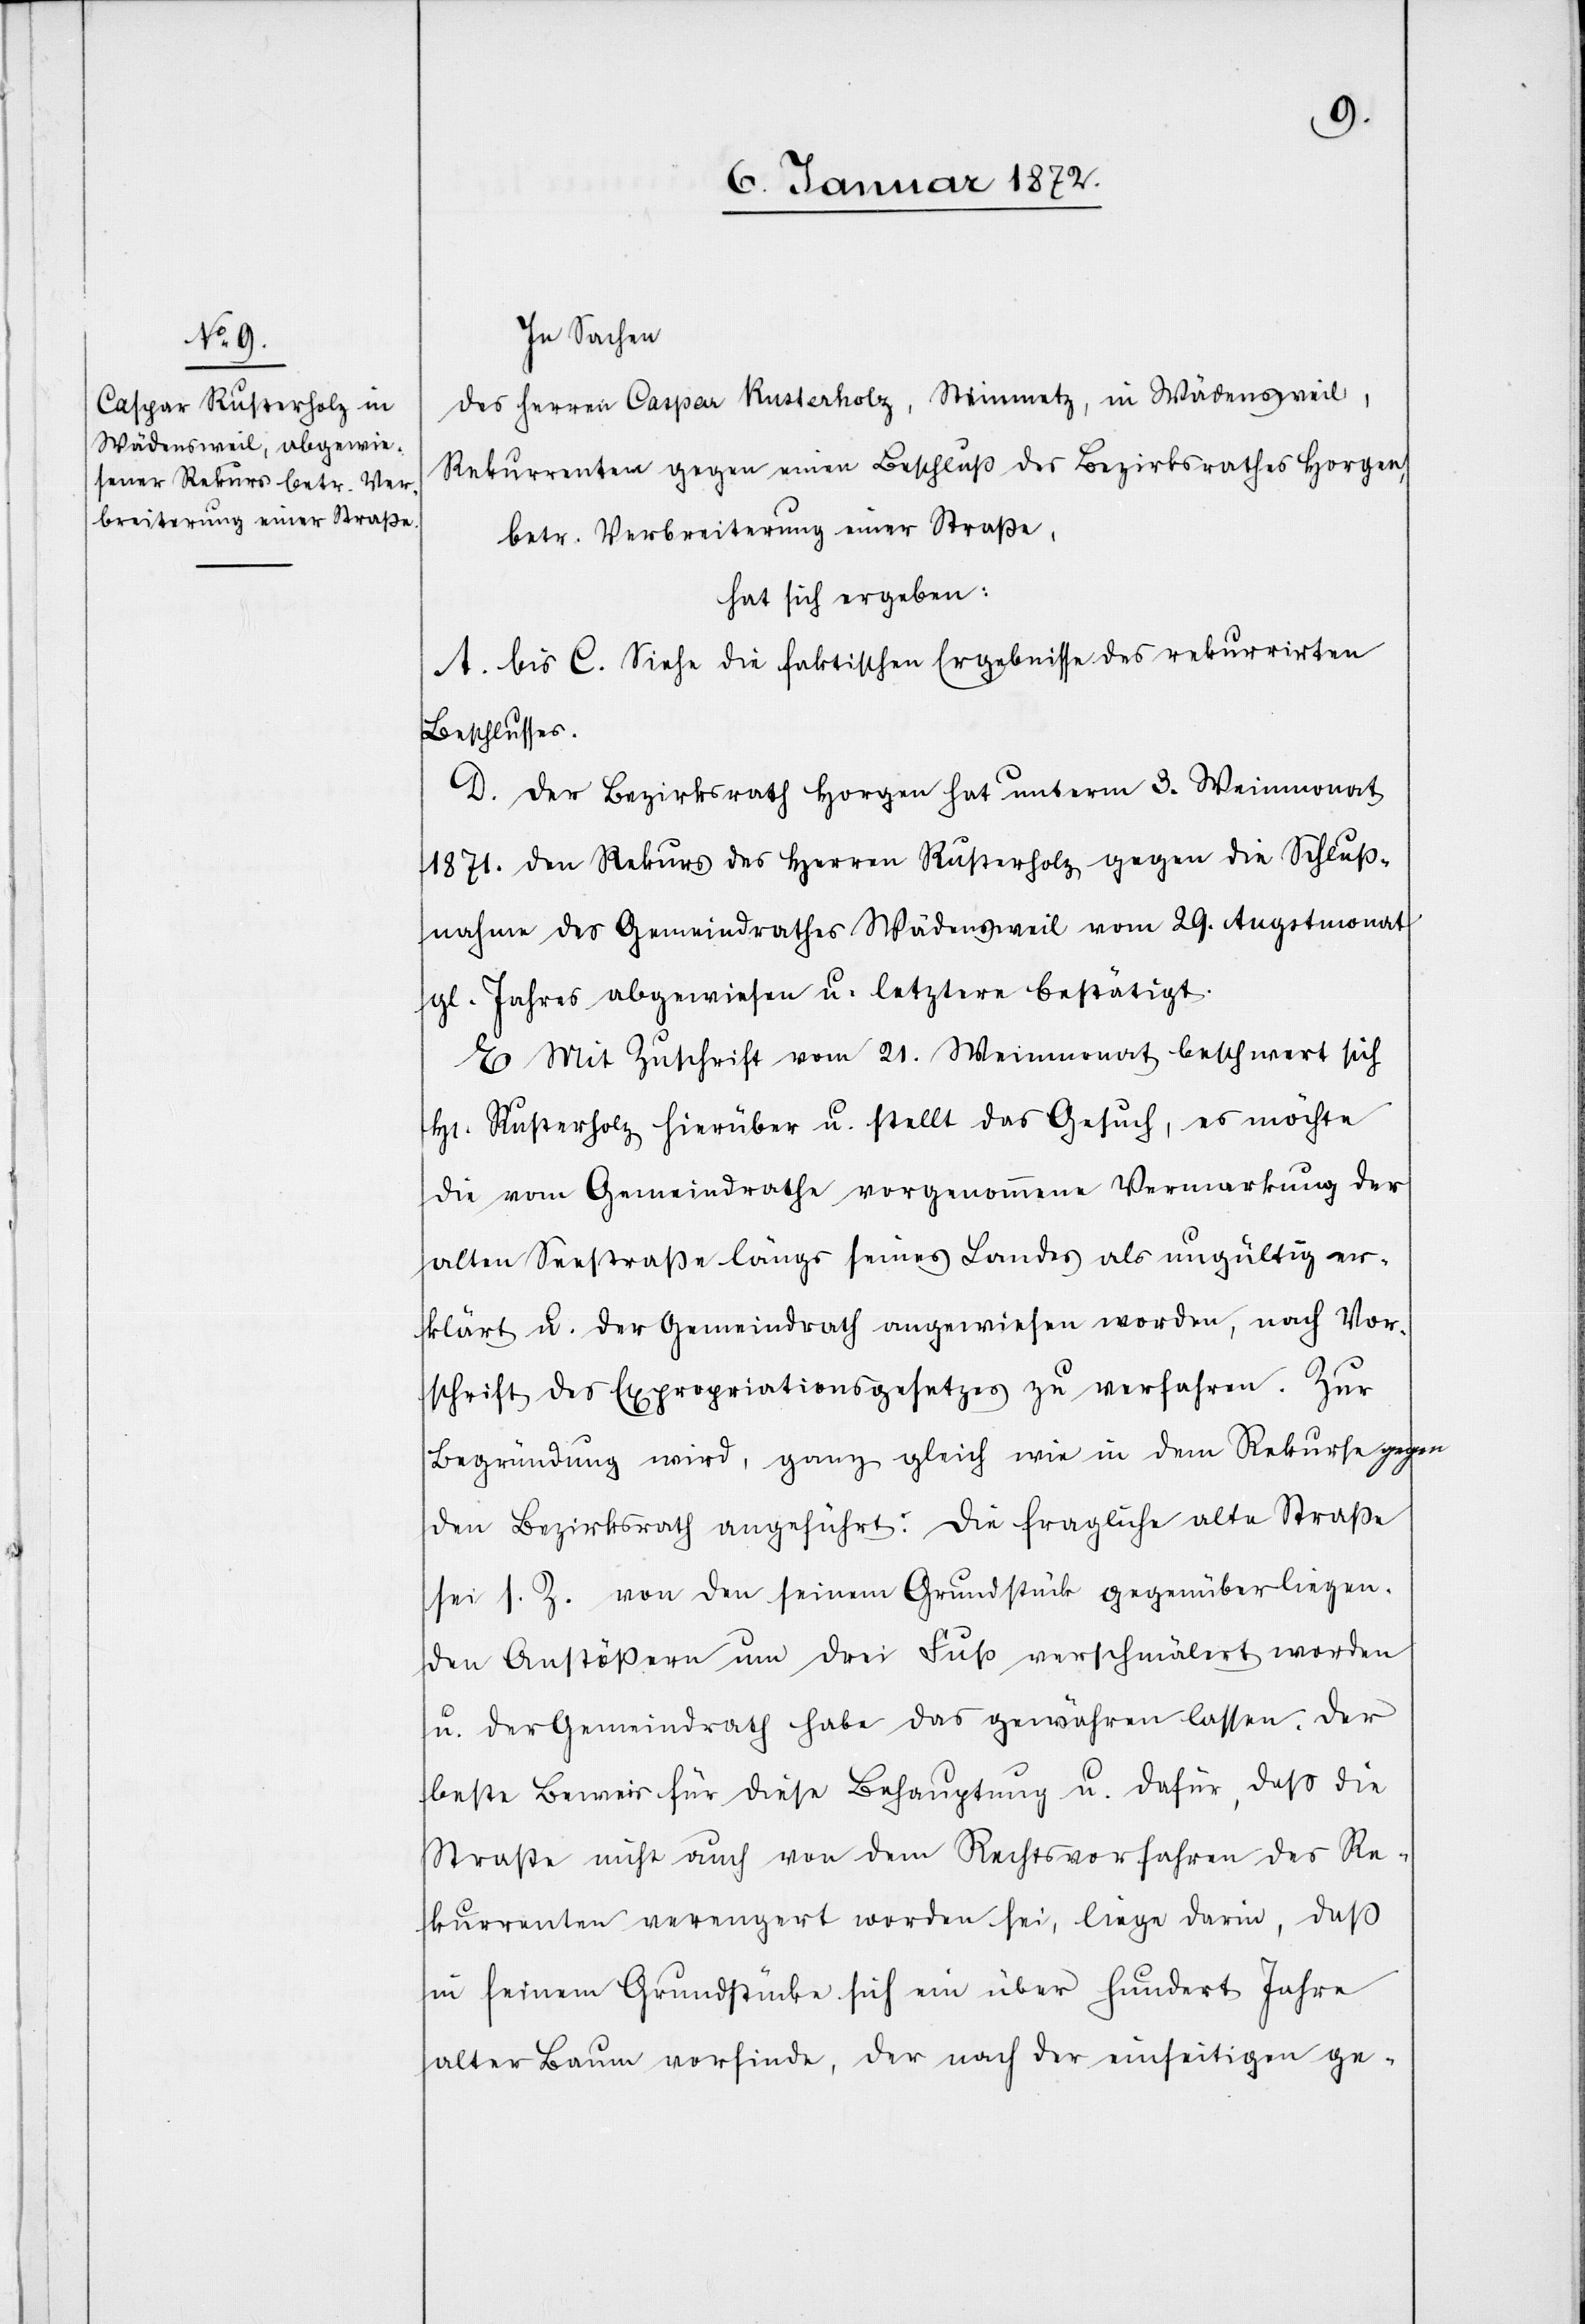
In Sachen
des Herren Caspar Rusterholz, Steinmetz, in Wädensweil,
Rekurrenten gegen einen Beschluß des Bezirksrathes Horgen,
betr. Verbreiterung einer Strasse,
hat sich ergeben:
A. bis C. siehe die faktischen Ergebnisse des rekurrirten
Beschlusses.
D. Der Bezirksrath Horgen hat unterm 3. Weinmonat
1871. den Rekurs des Herren Rusterholz gegen die Schluß¬
nahme des Gemeindrathes Wädensweil vom 29. Augustmonat
gl. Jahres abgewiesen u. letztern bestätigt.
E. Mit Zuschrift vom 21. Weinmonat beschwert sich
H[err]. Rusterholz hierüber u. stellt das Gesuch, es möchte
die vom Gemeindrathe vorgenommene Vermarkung der
alten Seestraße längs seines Landes als ungültig er¬
klärt u. der Gemeindrath angewiesen worden [sic!], nach Vor¬
schrift des Expropriationsgesetzes zu verfahren. Zur
Begründung wird, ganz gleich wie in dem Rekurse a-gegen-a
den Bezirksrath angeführt: Die fragliche alte Straße
sei s. Z. von den seinem Grundstück gegenüberliegen¬
den Anstößern um drei Fuß verschmälert worden
u. der Gemeindrath habe das gewähren lassen. Der
letzte Beweis für diese Behauptung u. dafür, daß die
Strasse nicht auch von dem Rechtsvorfahren des Re¬
kurrenten verengert worden sei, liege darin, daß
in seinem Grundstücke sich ein über hundert Jahre
alter Baum vorfinde, der nach der einseitigen ge-